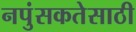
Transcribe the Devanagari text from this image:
नपुंसकतेसाठी